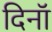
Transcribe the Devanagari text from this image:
दिनॉ